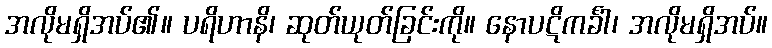
အလိုမရှိအပ်၏။ ပရိဟာနိ၊ ဆုတ်ယုတ်ခြင်းကို။ နောပဋိကင်္ခါ၊ အလိုမရှိအပ်။